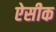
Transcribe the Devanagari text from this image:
ऐसीक